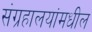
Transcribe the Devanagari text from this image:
संग्रहालयांमधील